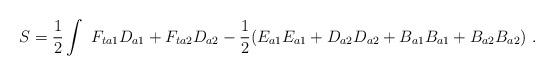
\begin{align*}S = \frac{1}{2} \int \ F_{ta1}D_{a1} + F_{ta2}D_{a2} - \frac{1}{2}(E_{a1}E_{a1} + D_{a2}D_{a2} + B_{a1}B_{a1} + B_{a2}B_{a2}) \ .\end{align*}